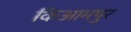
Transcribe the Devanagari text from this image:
किआमपुर